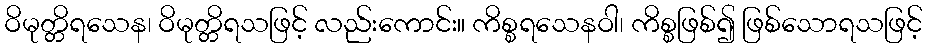
ဝိမုတ္တိရသေန၊ ဝိမုတ္တိရသဖြင့် လည်းကောင်း။ ကိစ္စရသေနဝါ၊ ကိစ္စဖြစ်၍ ဖြစ်သောရသဖြင့်